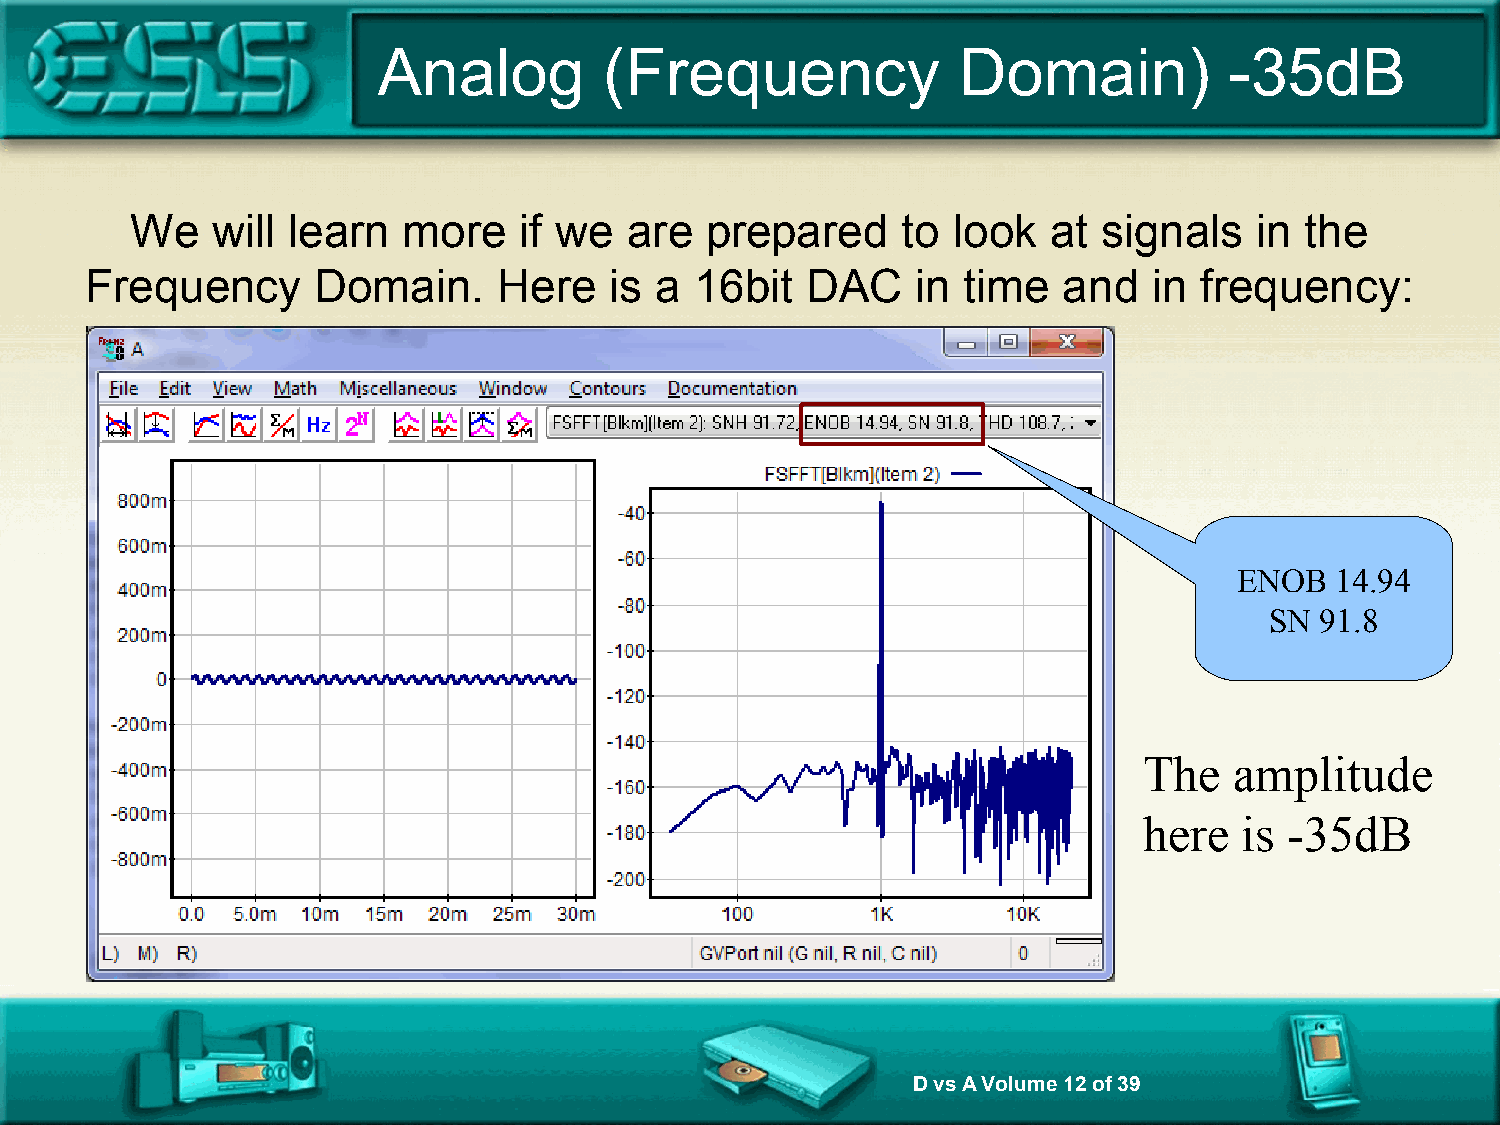
Analog         (Frequency             Domain)           -35dB
 We   will learn   more   if we  are   prepared     to look   at signals   in the
 Frequency      Domain.     Here   is a  16bit  DAC     in time  and   in frequency:
 ENOB  14.94
 SN 91.8
 The   amplitude
 here  is -35dB
 D vs A Volume 12 of 39